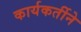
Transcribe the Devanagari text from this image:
कार्यकर्तीने